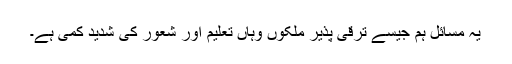
یہ مسائل ہم جیسے ترقی پذیر ملکوں وہاں تعلیم اور شعور کی شدید کمی ہے۔